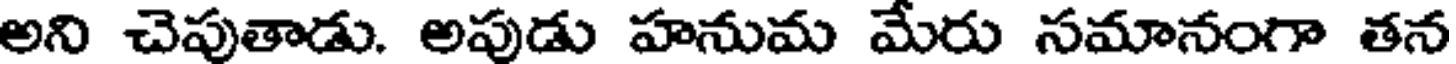
అని చెపుతాడు. అపుడు హనుమ మేరు సమానంగా తన